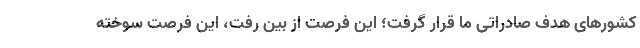
کشورهای هدف صادراتی ما قرار گرفت؛ این فرصت از بین رفت، این فرصت سوخته